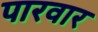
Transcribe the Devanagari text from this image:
पारवार